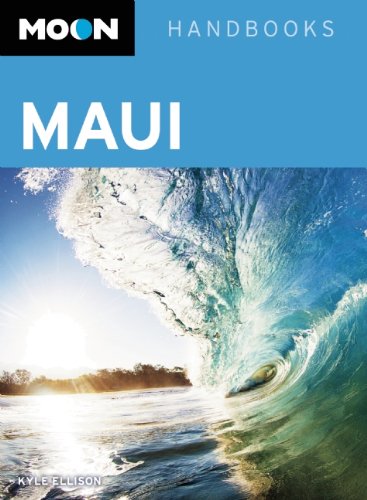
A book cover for Moon Maui: Including Molokai & Lanai (Moon Handbooks); Kyle Ellison; Travel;